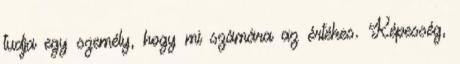
tudja egy személy, hogy mi számára az értékes. Képesség,